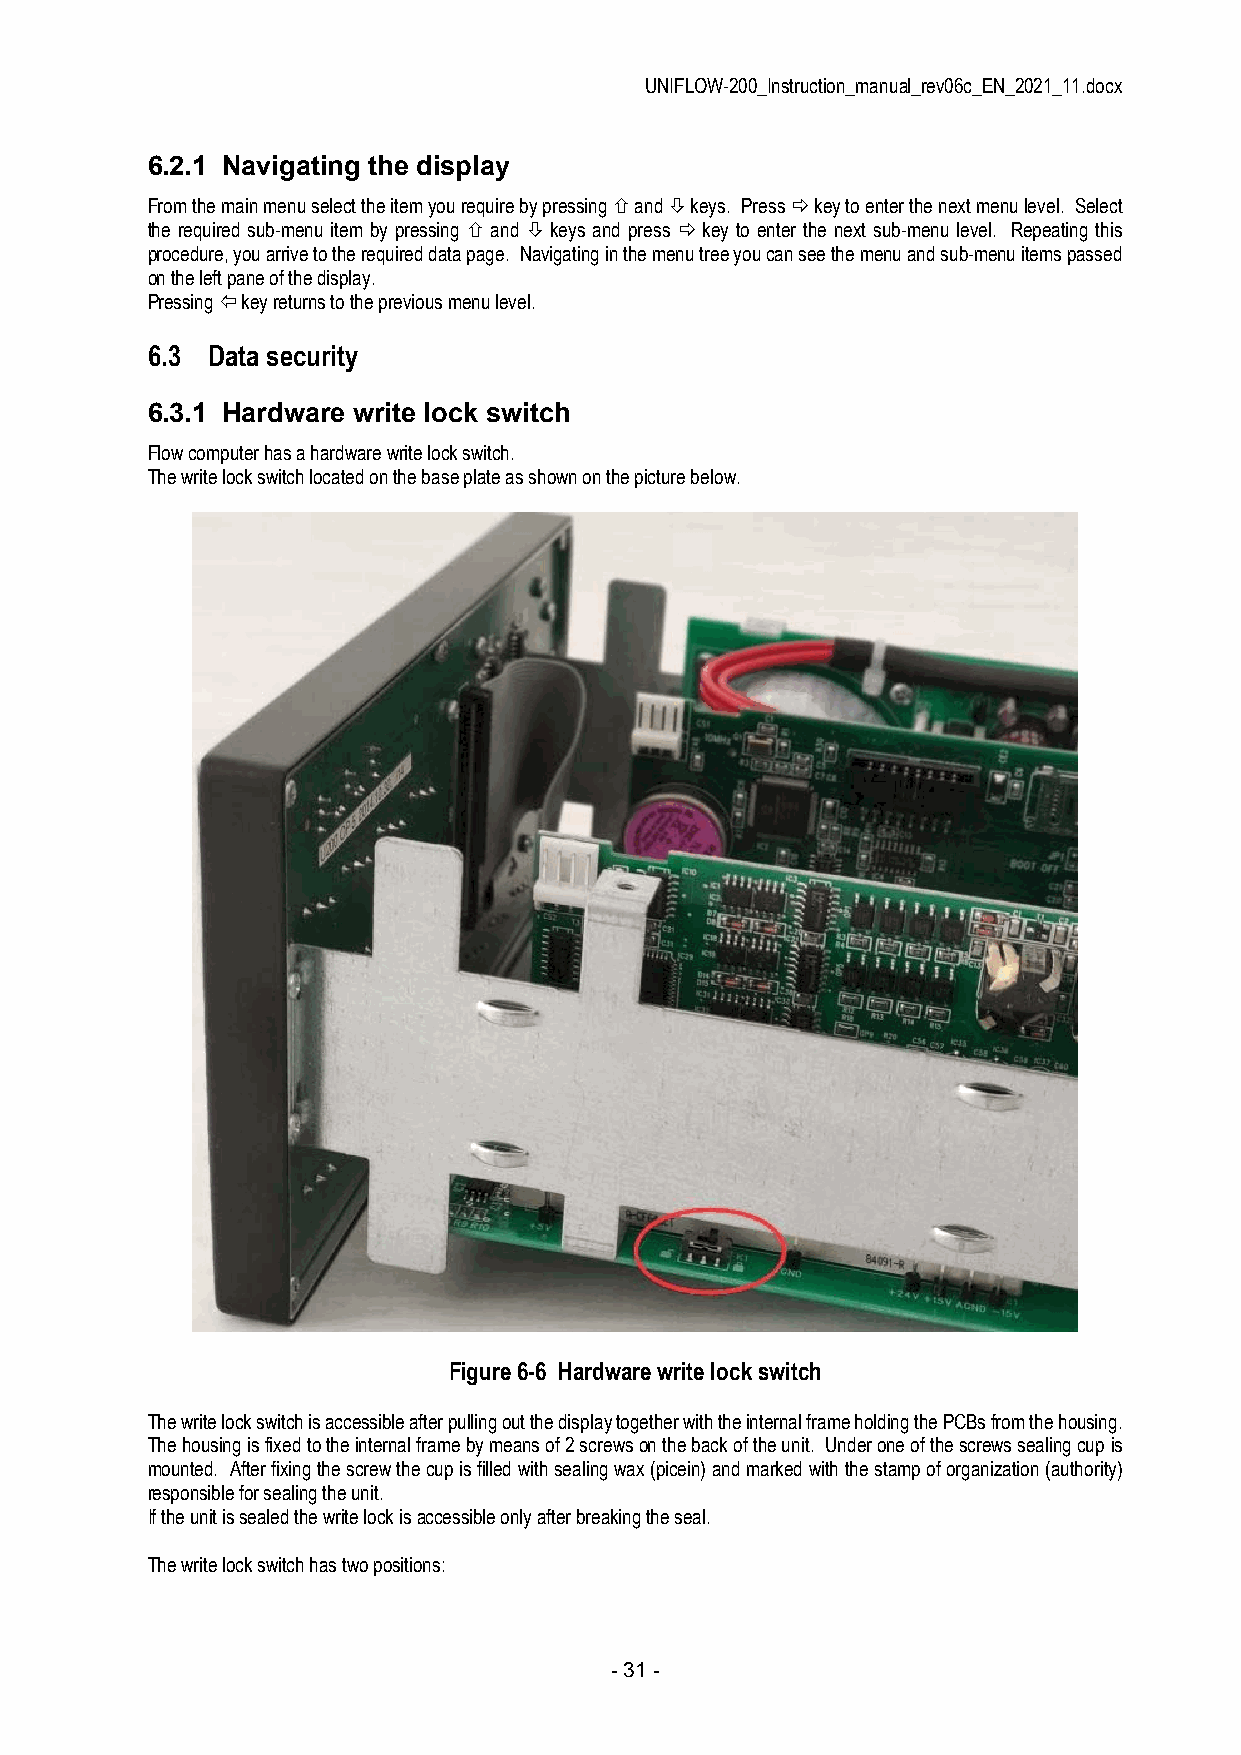
UNIFLOW-200_Instruction_manual_rev06c_EN_2021_11.docx
 6.2.1 Navigating the display
 From the main menu select the item you require by pressing  and  keys. Press  key to enter the next menu level. Select
 the required sub-menu item by pressing  and  keys and press  key to enter the next sub-menu level. Repeating this
 procedure, you arrive to the required data page. Navigating in the menu tree you can see the menu and sub-menu items passed
 on the left pane of the display.
 Pressing  key returns to the previous menu level.
 6.3 Data security
 6.3.1 Hardware write lock switch
 Flow computer has a hardware write lock switch.
 The write lock switch located on the base plate as shown on the picture below.
 Figure 6-6 Hardware write lock switch
 The write lock switch is accessible after pulling out the display together with the internal frame holding the PCBs from the housing.
 The housing is fixed to the internal frame by means of 2 screws on the back of the unit. Under one of the screws sealing cup is
 mounted. After fixing the screw the cup is filled with sealing wax (picein) and marked with the stamp of organization (authority)
 responsible for sealing the unit.
 If the unit is sealed the write lock is accessible only after breaking the seal.
 The write lock switch has two positions:
 - 31 -